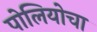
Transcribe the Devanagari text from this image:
पोलियोचा